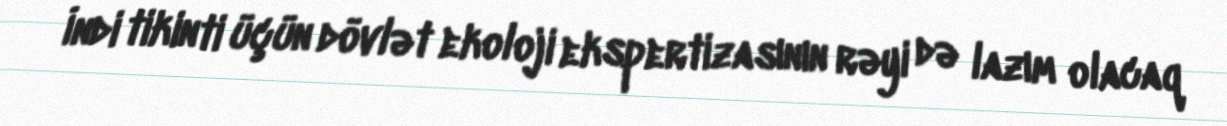
İndi tikinti üçün dövlət ekoloji ekspertizasının rəyi də lazım olacaq